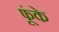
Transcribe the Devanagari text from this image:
फूंके